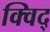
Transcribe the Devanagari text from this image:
क्विद्